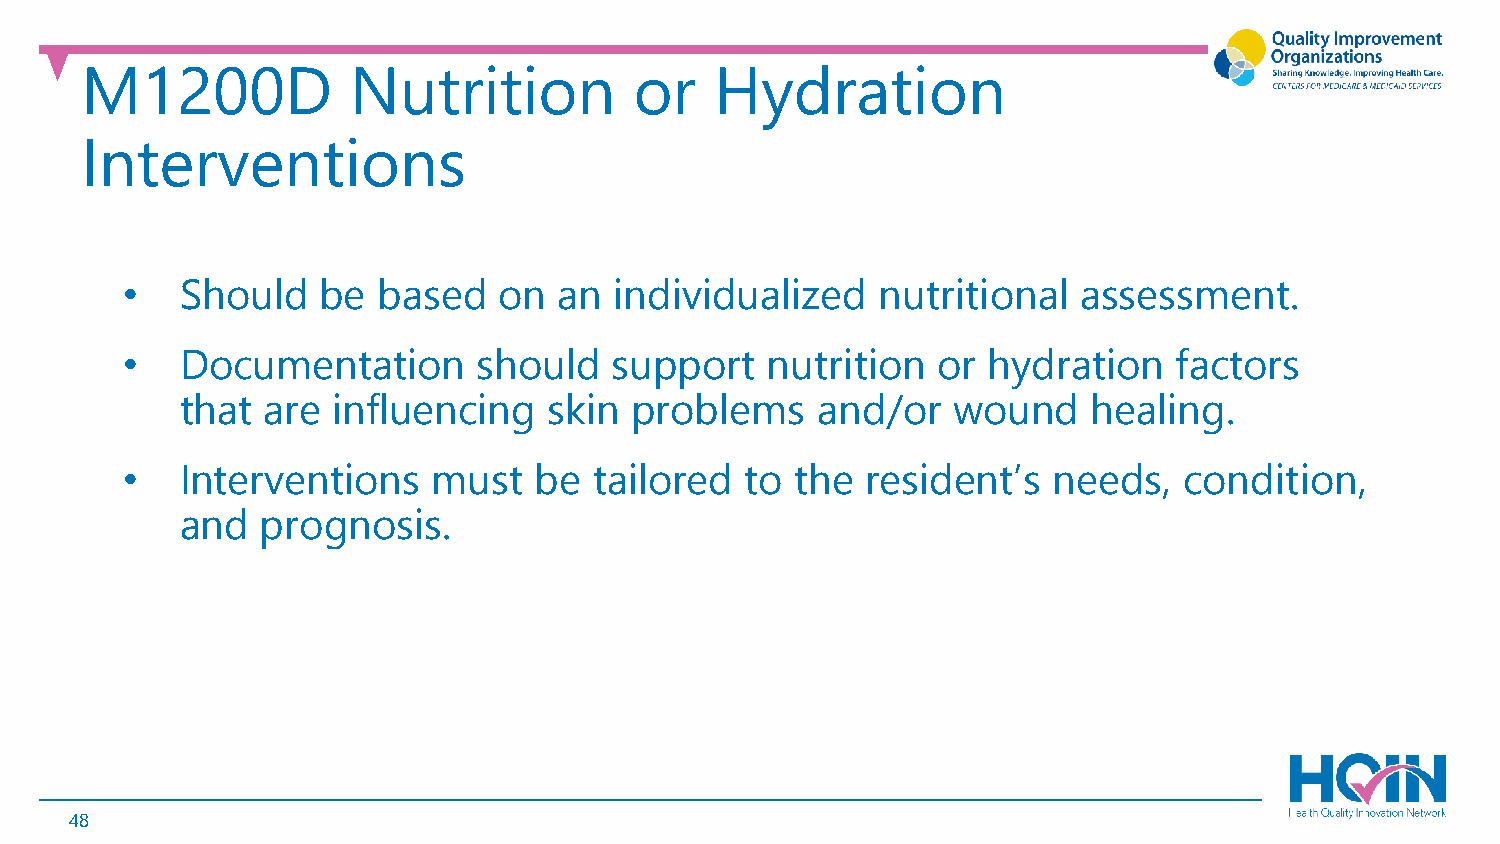
M1200D            Nutrition          or   Hydration
 Interventions
 •   Should   be  based   on  an  individualized   nutritional   assessment.
 •   Documentation       should   support   nutrition  or hydration    factors
 that are  influencing   skin  problems    and/or   wound    healing.
 •   Interventions    must  be  tailored  to  the resident’s   needs,  condition,
 and  prognosis.
 48